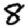
Digit: 8